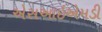
એસઆઇએમડી